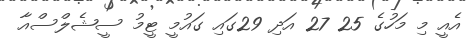
އެއީ މި މަހުގެ 25 27 އަދި 29ގައި ގައުމީ ޓީމު ސީޝެލްސްއާ